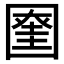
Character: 𡈞